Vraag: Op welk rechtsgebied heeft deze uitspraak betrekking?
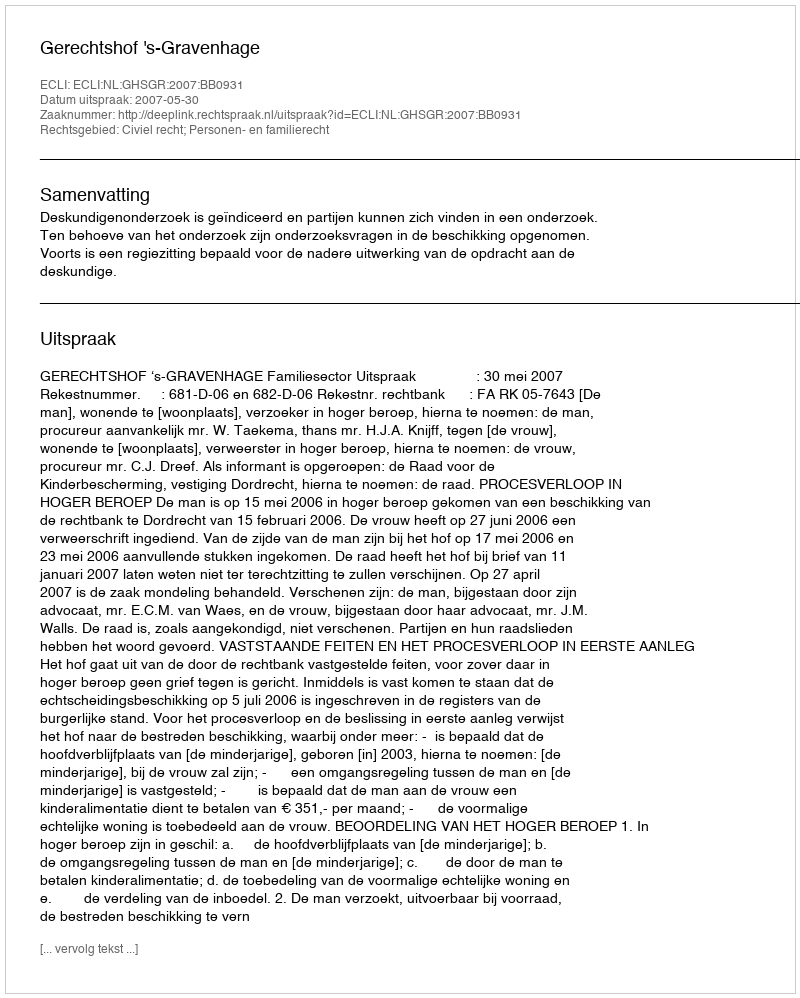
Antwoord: Civiel recht; Personen- en familierecht